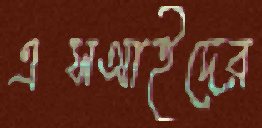
এসআইদের